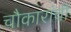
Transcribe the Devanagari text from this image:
चौकारांची